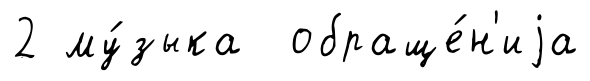
2 му́зыка обраще́н'иjа